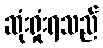
ဆုံးရှုံးရသည်